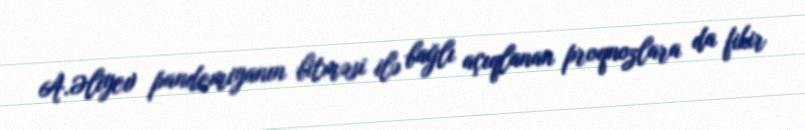
A.Əliyev pandemiyanın bitməsi ilə bağlı açıqlanan proqnozlara da fikir